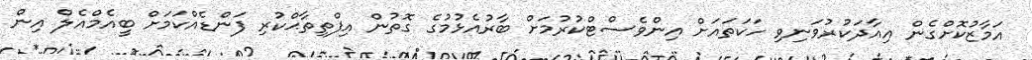
އަމާޒުކޮށްގެން އިއާދަކުރުވަނިވި ހަކަތައަށް އިންވެސްޓްކުރުމަށް ބާރުއެޅުމުގެ ގޮތުން އިފްތިތާޙްކުރި ފަންޑެއްކަމަށް ބީއެމްއެލް އިން